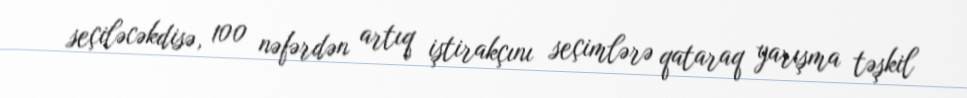
seçiləcəkdisə, 100 nəfərdən artıq iştirakçını seçimlərə qataraq yarışma təşkil